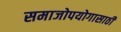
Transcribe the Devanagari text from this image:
समाजोपयोगासाठी